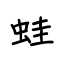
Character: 蛙